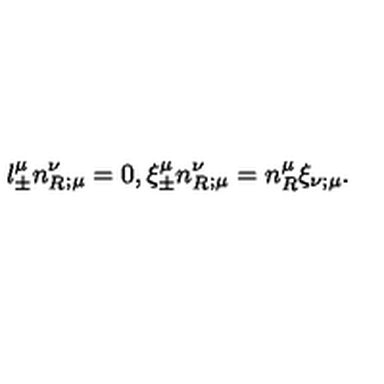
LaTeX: l _ { \pm } ^ { \mu } n _ { R } ^ { \nu } _ { ; \mu } = 0 , \xi _ { \pm } ^ { \mu } n _ { R } ^ { \nu } _ { ; \mu } = n _ { R } ^ { \mu } \xi _ { \nu ; \mu } .